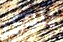
ينوى